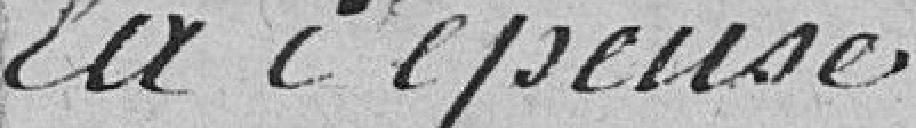
La dépense.